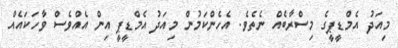
މިއަދު އެމްޑީޕީގެ މިސްރާބެއް ނެތެވެ. އެހެންކަމުން މިއަދު އެމްޑީޕީ އިން އެއްވެސް ވާހަކައެއް